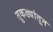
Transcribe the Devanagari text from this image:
तुकड्यांतून